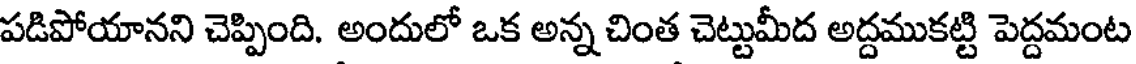
పడిపోయానని చెప్పింది. అందులో ఒక అన్న చింత చెట్టుమీద అద్దముకట్టి పెద్దమంట